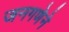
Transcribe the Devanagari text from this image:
जनगणेने